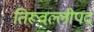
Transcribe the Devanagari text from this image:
तिरूवल्लीपद